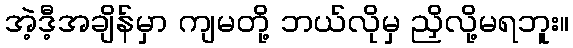
အဲ့ဒီ့အချိန်မှာ ကျမတို့ ဘယ်လိုမှ ညှိလို့မရဘူး။